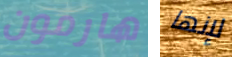
هارمون لإنها